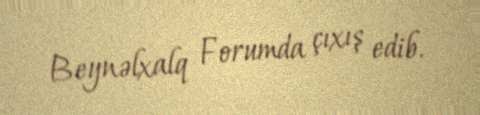
Beynəlxalq Forumda çıxış edib.